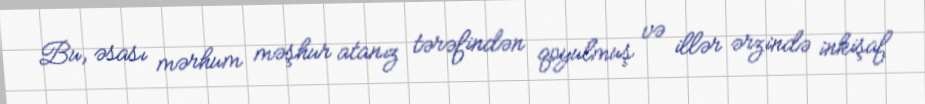
Bu, əsası mərhum məşhur atanız tərəfindən qoyulmuş və illər ərzində inkişaf